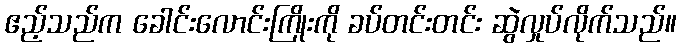
ဧည့်သည်က ခေါင်းလောင်းကြိုးကို ခပ်တင်းတင်း ဆွဲလှုပ်လိုက်သည်။